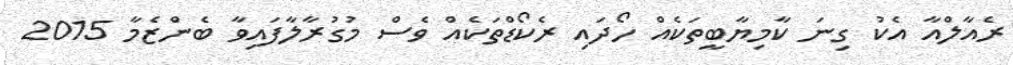
ރެއާލްއާ އެކު ގިނަ ކާމިޔާބީތަކެއް ހޯދައި ރެކޯޑްތަކެއް ވެސް މުގުރާލާފައިވާ ބެންޒެމާ 2015